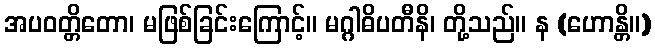
အပဝတ္တိတော၊ မဖြစ်ခြင်းကြောင့်။ မဂ္ဂါဓိပတီနိ၊ တို့သည်။ န (ဟောန္တိ။)